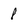
Character: 8